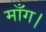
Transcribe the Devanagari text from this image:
माँग।